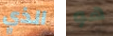
الذي هو